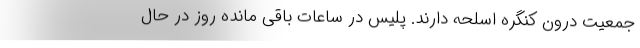
جمعیت درون کنگره اسلحه دارند. پلیس در ساعات باقی مانده روز در حال